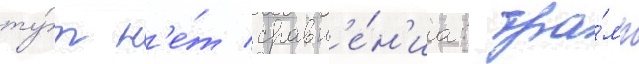
ту́т н'е́т сравн'е́н'иа: тра́мп